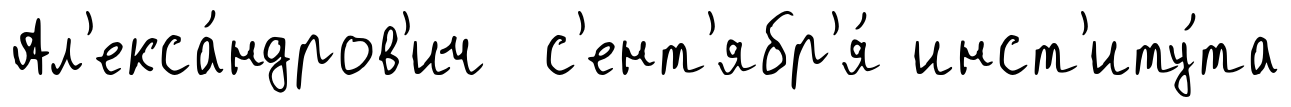
Ал'екса́ндров'ич с'ент'ябр'я́ инст'иту́та